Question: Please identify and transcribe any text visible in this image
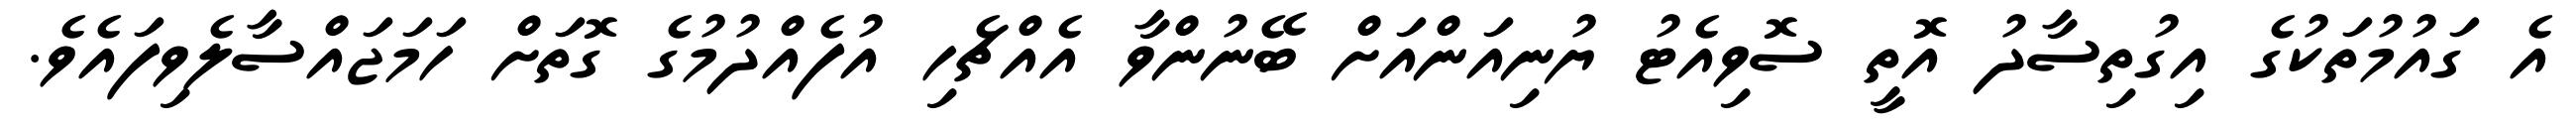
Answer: އެ ގައުމުތަކުގެ އިގުތިސާދު އޮތީ ސޮވިއެޓު ޔުނިއަންއަށް ބޭނުންވާ އެއްޗެހި އުފެއްދުމުގެ ގޮތަށް ހަމަޖައްސާލެވިފައެވެ.